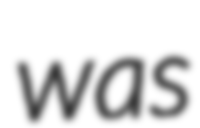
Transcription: was